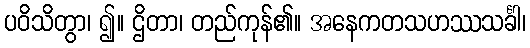
ပဝိသိတွာ၊ ၍။ ဌိတာ၊ တည်ကုန်၏။ အနေကတသဟဿသင်္ခါ၊